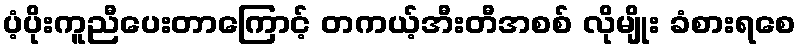
ပံ့ပိုးကူညီပေးတာကြောင့် တကယ့်အီးတီအစစ် လိုမျိုး ခံစားရစေ